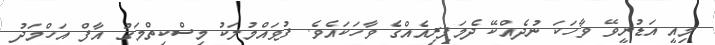
މިއީ އަޑުނީވޭ ވާހަކަ ނުދެއްކޭ ދެމަފިރިއެއްގެ ވާހަކައެވެ. ފުވައްމުލަކު މިސްކިތްމަގު އާފް އަހްމަދު